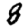
Digit: 8